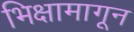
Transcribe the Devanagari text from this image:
भिक्षामागून